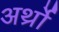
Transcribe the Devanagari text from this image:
अर्थ्रो